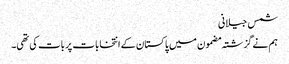
شمس جیلانی
ہم نے گزشتہ مضمون میں پاکستان کے انتخابات پر بات کی تھی۔